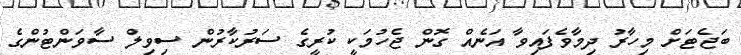
ބަޖެޓަށް މިހާރު ދިމާވެފައިވާ އަނެއް ގޮން ޖެހުމަކީ ކުރީގެ ސަރުކާރުން ސިވިލް ސާވަންޓުންގެ